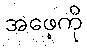
အဖေ့ကို